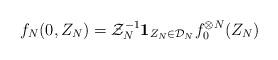
LaTeX: \begin{align*}f_N ( 0,Z_N) = \mathcal{Z}_N^{-1}\mathbf{1}_{Z_N \in \mathcal{D}_N} f_0^{\otimes N} (Z_N)\end{align*}